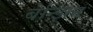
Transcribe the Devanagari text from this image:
बेन्झिन